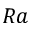
R a